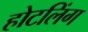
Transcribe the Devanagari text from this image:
होटलिंग